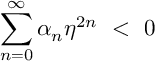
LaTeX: \sum _ { n = 0 } ^ { \infty } \alpha _ { n } \eta ^ { 2 n } ~ < ~ 0